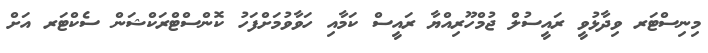
މިނިސްޓަރ ވިދާޅުވީ ރައީސުލް ޖުމްހޫރިއްޔާ ރައީސް ކަމާއި ހަވާވުމަށްފަހު ކޮންސްޓްރަކްޝަން ސެކްޓަރ އަށް